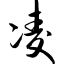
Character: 凌